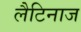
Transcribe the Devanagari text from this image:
लैटिनाज